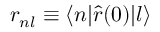
r _ { n l } \equiv \langle n | \hat { r } ( 0 ) | l \rangle